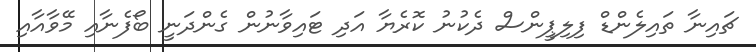
ޗައިނާ ތައިލެންޑް ފިލިޕީންސް ދެކުނު ކޮރެޔާ އަދި ޓައިވާނުން ގެންދަނީ ބޯފެނާއި މޭވާއާއި